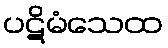
ပဋိမံသေထ